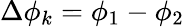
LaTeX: \Delta\phi_{k}=\phi_{1}-\phi_{2}